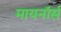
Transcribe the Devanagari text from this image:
मायनॉर्स